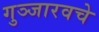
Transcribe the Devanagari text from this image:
गुञ्जारवचे